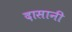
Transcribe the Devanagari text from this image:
दासानी